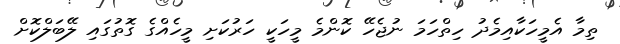
ތިމާ އެމީހަކާއިމެދު ހިތްހަމަ ނުޖެހޭ ކޮންމެ މީހަކީ ހަރުކަށި މީހެއްގެ ގޮތުގައި ލޭބަލްކޮށް